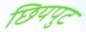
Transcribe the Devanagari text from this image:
छियपुट